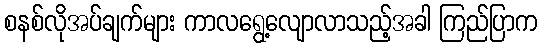
စနစ်လိုအပ်ချက်များ ကာလရွေ့လျောလာသည့်အခါ ကြည်ပြာက